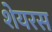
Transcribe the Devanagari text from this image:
शेयरस